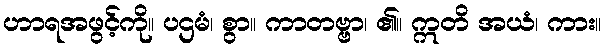
ဟာရအဖွင့်ကို။ ပဌမံ၊ စွာ။ ကာတဗ္ဗာ၊ ၏။ ဣတိ အယံ၊ ကား။